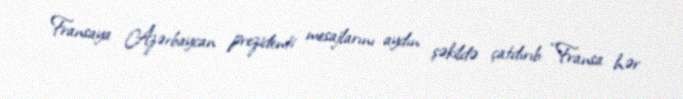
Fransaya Azərbaycan prezidenti mesajlarını aydın şəkildə çatdırıb: “Fransa hər